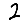
Digit: 2